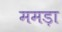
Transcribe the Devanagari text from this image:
ममड़ा